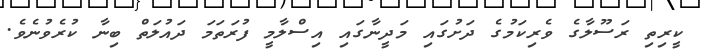
ކީރިތި ރަސޫލާގެ ވެރިކަމުގެ ދަށުގައި މަދީނާގައި އިސްލާމީ ފުރަތަމަ ދައުލަތް ބިނާ ކުރެވުނެވެ.